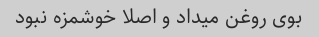
بوی روغن میداد و اصلا خوشمزه نبود